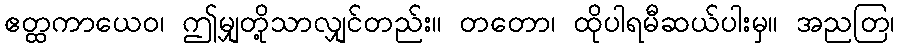
ဧတ္ထကာယေဝ၊ ဤမျှတို့သာလျှင်တည်း။ တတော၊ ထိုပါရမီဆယ်ပါးမှ။ အညတြ၊